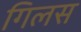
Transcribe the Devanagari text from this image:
गिलस